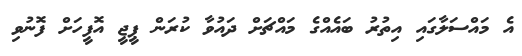
އެ މައްސަލާގައި އިތުރު ބައެއްގެ މައްޗަށް ދައުވާ ކުރަން ޕީޖީ އޮފީހަށް ފޮނުވި